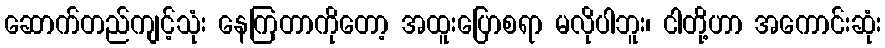
ဆောက်တည်ကျင့်သုံး နေကြတာကိုတော့ အထူးပြောစရာ မလိုပါဘူး၊ ငါတို့ဟာ အကောင်းဆုံး